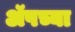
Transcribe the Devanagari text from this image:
ॲपच्या